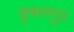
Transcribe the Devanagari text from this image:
कृषणगुप्त